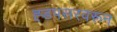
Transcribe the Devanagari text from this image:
ह्डपसरवरून